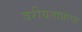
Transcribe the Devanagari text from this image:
वरीयताप्राप्त